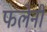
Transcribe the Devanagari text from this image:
फलेनी